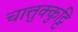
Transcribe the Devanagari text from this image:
चात्तुक्कुट्टि